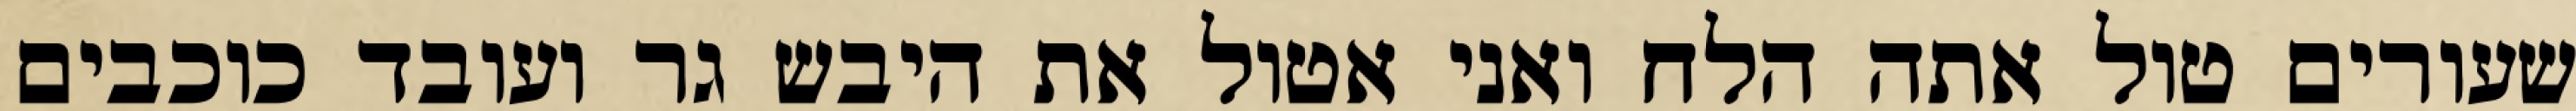
שעורים טול אתה הלח ואני אטול את היבש גר ועובד כוכבים